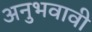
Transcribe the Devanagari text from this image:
अनुभवावी